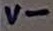
Text: V-